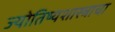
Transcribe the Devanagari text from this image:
ज्योतिष्यशास्त्राचा